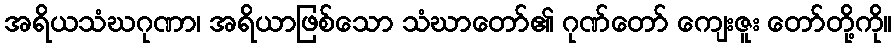
အရိယသံဃဂုဏာ၊ အရိယာဖြစ်သော သံဃာတော်၏ ဂုဏ်တော် ကျေးဇူး တော်တို့ကို။